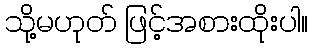
သို့မဟုတ် ဖြင့်အစားထိုးပါ။